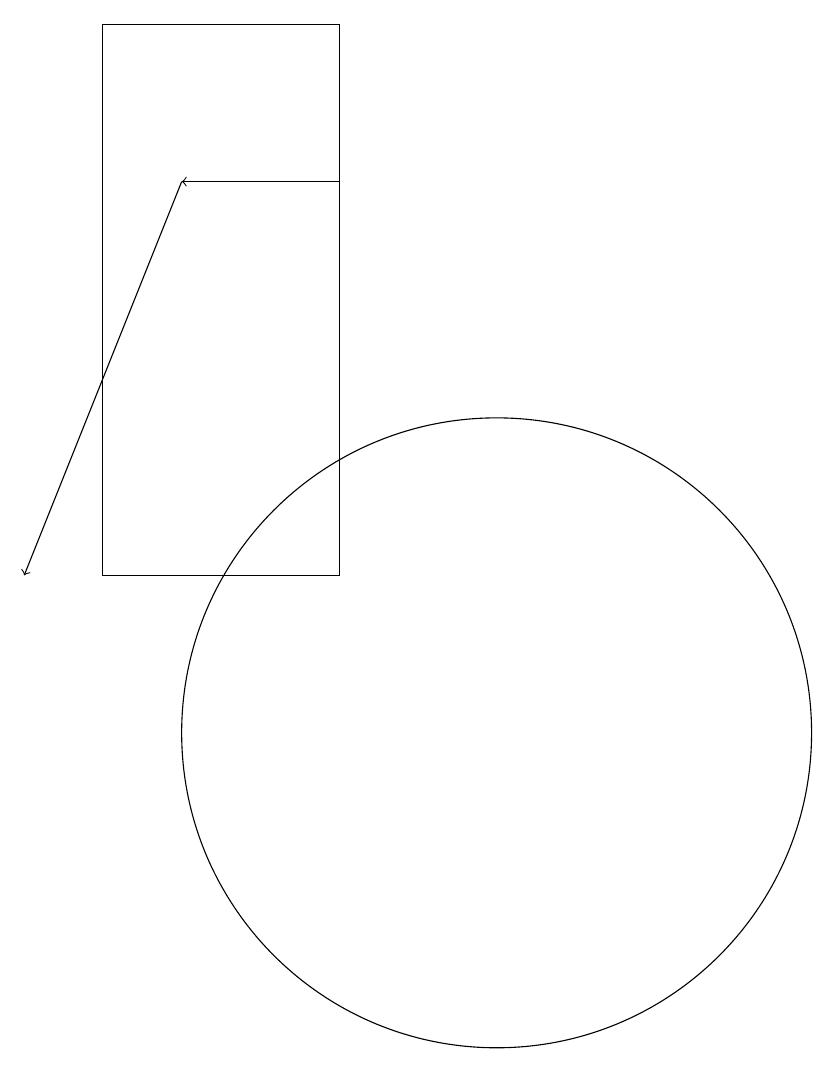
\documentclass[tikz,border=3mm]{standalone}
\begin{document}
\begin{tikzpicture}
\draw[->] (8,17) -- (6,17);
\draw[->] (6,17) -- (4,12);
\draw (8,12) rectangle (5,19);
\draw (10,10) circle (4);
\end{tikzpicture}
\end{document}